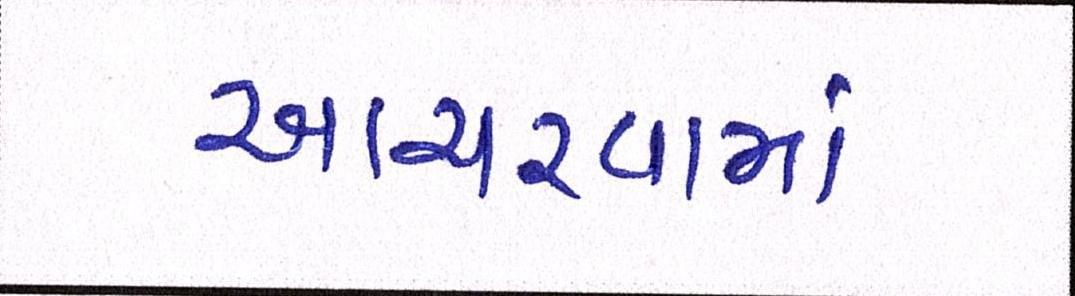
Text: આચરવામાં